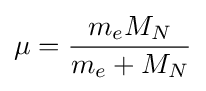
\mu ={\frac {m_{e}M_{N}}{m_{e}+M_{N}}}